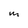
Character: M